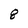
Character: 8